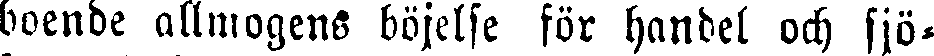
boende allmogens böjelse för handel och sjö-